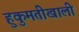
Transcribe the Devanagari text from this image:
हुकुमतीखाली